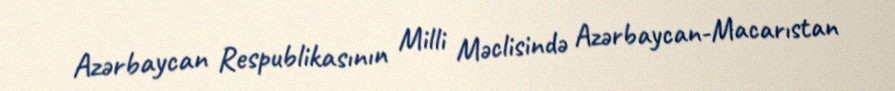
Azərbaycan Respublikasının Milli Məclisində Azərbaycan-Macarıstan